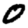
Digit: 0